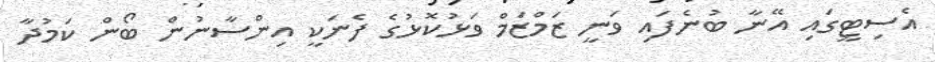
އެސިޓީގައި އޭނާ ބުނެފައި ވަނީ ޒަމްޒަމް ވަޅުކޮޅުގެ ފެނަކީ އިންސާނުން ބޯން ކަމުދާ